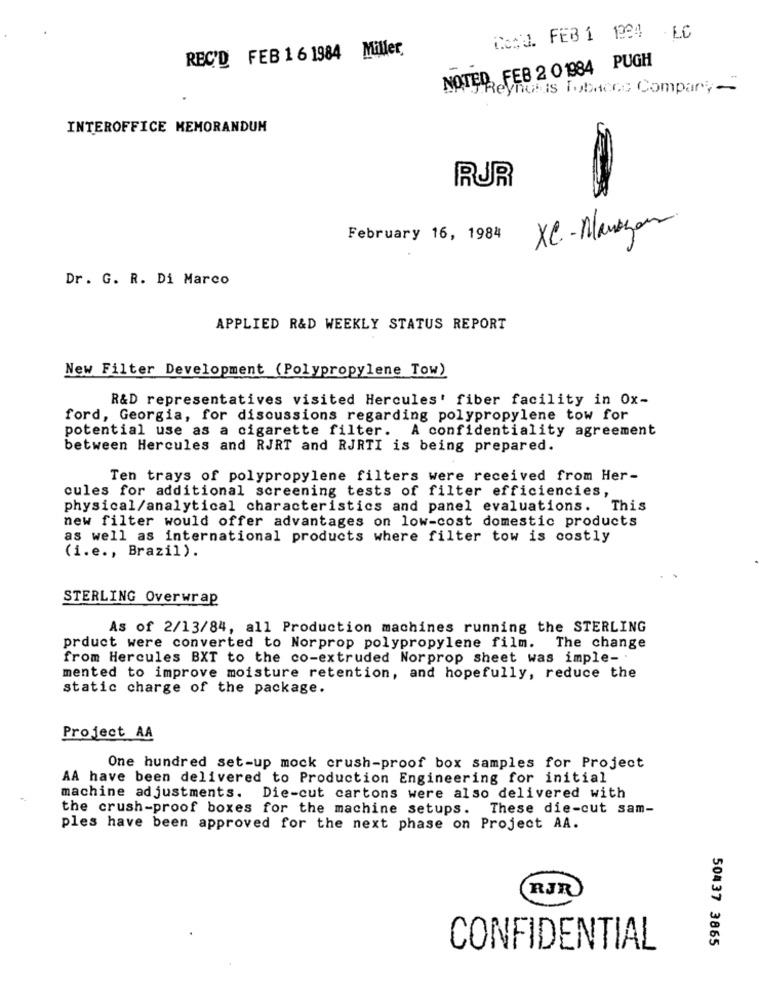
Com3. FEB 1 1224 LC
REC'D FEB 1 6 1984 Miller
NOTED, FEB 2 01984 PUGH
45 Reynolds Tobacco Company-
INTEROFFICE MEMORANDUM
RUR
XC- Manager
February 16, 1984
Dr. G. R. Di Marco
APPLIED R&D WEEKLY STATUS REPORT
New Filter Development (Polypropylene Tow)
R&D representatives visited Hercules' fiber facility in Ox-
ford, Georgia, for discussions regarding polypropylene tow for
potential use as a cigarette filter. A confidentiality agreement
between Hercules and RJRT and RJRTI is being prepared.
Ten trays of polypropylene filters were received from Her-
cules for additional screening tests of filter efficiencies,
physical/analytical characteristics and panel evaluations. This
new filter would offer advantages on low-cost domestic products
as well as international products where filter tow is costly
(i.e ., Brazil).
STERLING Overwrap
As of 2/13/84, all Production machines running the STERLING
prduct were converted to Norprop polypropylene film. The change
from Hercules BXT to the co-extruded Norprop sheet was imple-
mented to improve moisture retention, and hopefully, reduce the
static charge of the package.
Project AA
One hundred set-up mock crush-proof box samples for Project
AA have been delivered to Production Engineering for initial
machine adjustments. Die-cut cartons were also delivered with
the crush-proof boxes for the machine setups. These die-cut sam-
ples have been approved for the next phase on Project AA.
RJR
50437 3865
CONFIDENTIAL